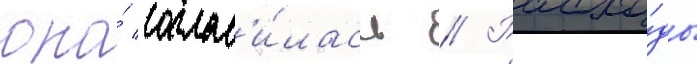
она́ соглас'и́лась // Расхо́ды